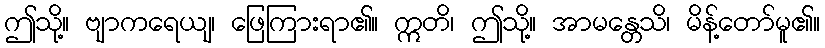
ဤသို့။ ဗျာကရေယျ၊ ဖြေကြားရာ၏။ ဣတိ၊ ဤသို့။ အာမန္တေသိ၊ မိန့်တော်မူ၏။